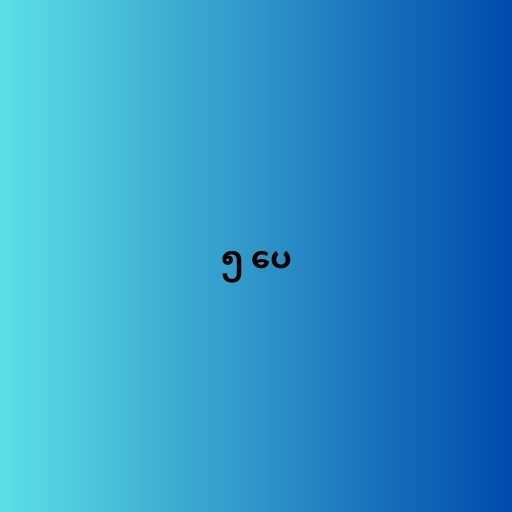
၅ ပေ